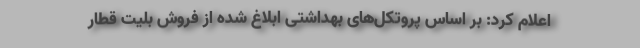
اعلام کرد: بر اساس پروتکل‌های بهداشتی ابلاغ شده از فروش بلیت قطار